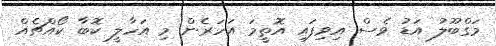
މަގްބޫލު އަޑު ވެސް އިވިފައި އޮތީމަ އަހަރެން މި އަހާލީ ކޮބާ ކޯއްޗެއް